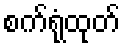
စက်ရုံထုတ်